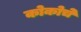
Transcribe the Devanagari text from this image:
कोकोचे